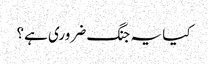
کیا یہ جنگ ضروری ہے؟